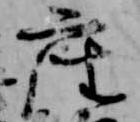
座